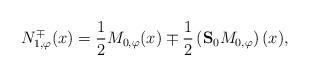
LaTeX: \begin{align*}N_{1,\varphi}^{\mp}(x) = \frac{1}{2} {M}_{0,\varphi}(x) \mp \frac{1}{2} \left({\bf S}_{0} {M}_{0,\varphi}\right)(x),\end{align*}